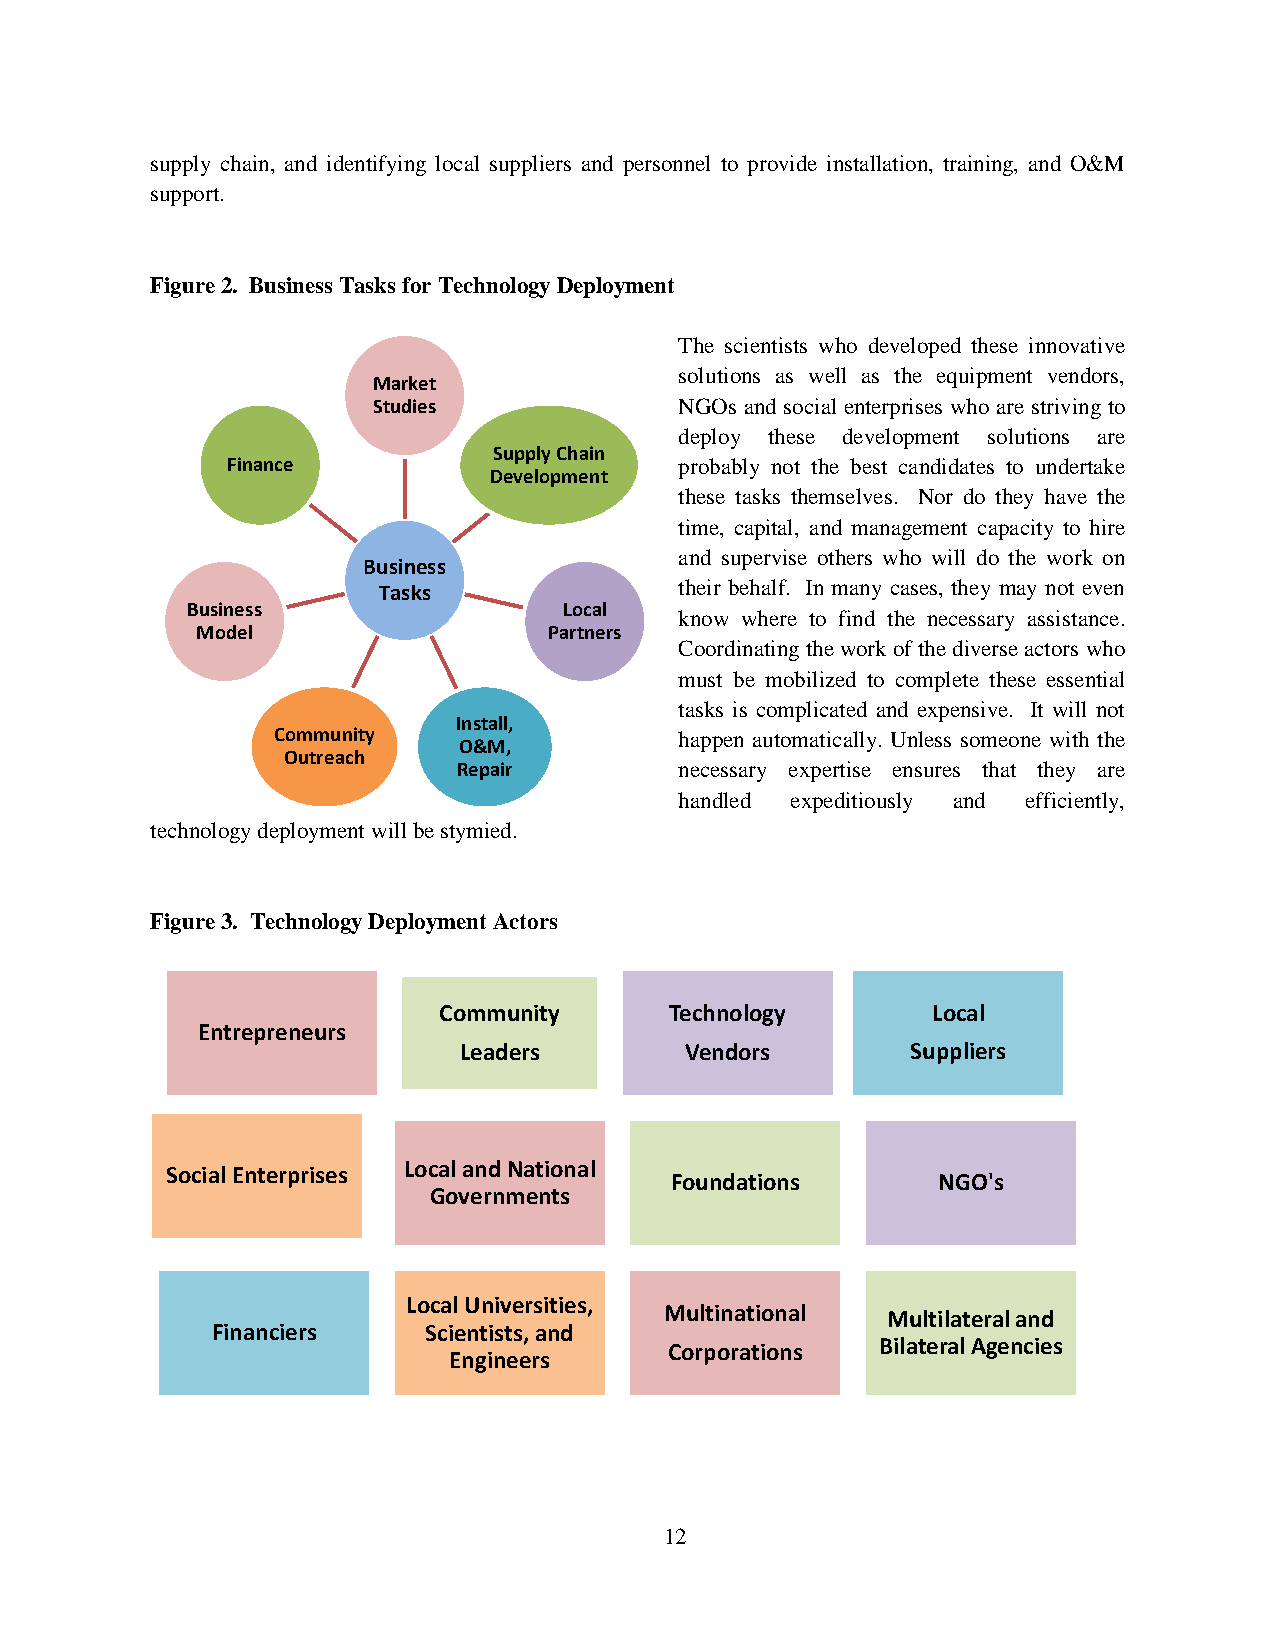
supply chain, and identifying local suppliers and personnel to provide installation, training, and O&M
 support.
 Figure 2. Business Tasks for Technology Deployment
 The scientists who developed these innovative
 solutions as well as the equipment vendors,
 Market
 Studies             NGOs and social enterprises who are striving to
 deploy these development solutions are
 Supply Chain
 Finance                       probably not the best candidates to undertake
 Development
 these tasks themselves. Nor do they have the
 time, capital, and management capacity to hire
 and supervise others who will do the work on
 Business
 Tasks               their behalf. In many cases, they may not even
 Business                 Local
 know where to find the necessary assistance.
 Model                  Partners
 Coordinating the work of the diverse actors who
 must be mobilized to complete these essential
 tasks is complicated and expensive. It will not
 Install,
 Community                  happen automatically. Unless someone with the
 O&M,
 Outreach
 Repair         necessary expertise ensures that they are
 handled expeditiously and efficiently,
 technology deployment will be stymied.
 Figure 3. Technology Deployment Actors
 Community      Technology        Local
 Entrepreneurs
 Leaders        Vendors        Suppliers
 Local and National
 Social Enterprises
 Foundations       NGO's
 Governments
 Local Universities,
 Multinational  Multilateral and
 Financiers    Scientists, and
 Corporations  Bilateral Agencies
 Engineers
 12